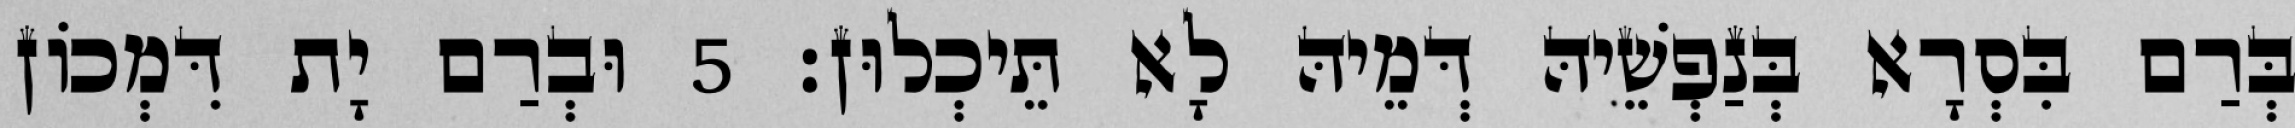
בְּרַם בִּסְרָא בְּנַפְשֵׁיהּ דְּמֵיהּ לָא תֵּיכְלוּן׃ 5 וּבְרַם יָת דִּמְכוֹן